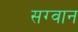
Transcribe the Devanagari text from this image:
सग्वान